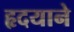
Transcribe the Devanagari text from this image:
हृदयाने